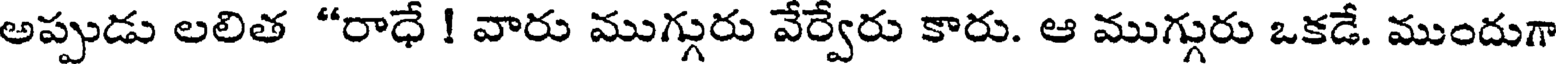
అప్పుడు లలిత "రాధే ! వారు ముగ్గురు వేర్వేరు కారు. ఆ ముగ్గురు ఒకడే. ముందుగా